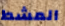
المشط